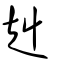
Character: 赳